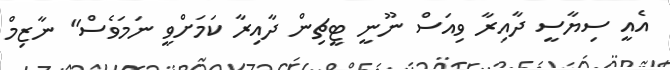
އެއީ ސިޔާސީ ދާއިރާ ވިއަސް ނޫނީ ޓީޗިން ދާއިރާ ކަމަށްވީ ނަމަވެސް" ނާޒިމް